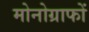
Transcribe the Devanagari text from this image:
मोनोग्राफों